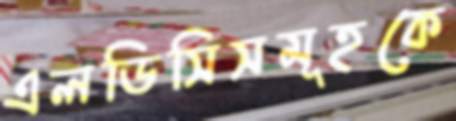
এলডিসিসমূহকে